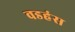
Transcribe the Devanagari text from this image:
वडहंस